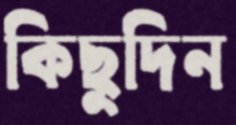
কিছুদিন